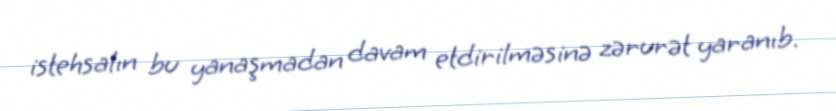
istehsalın bu yanaşmadan davam etdirilməsinə zərurət yaranıb.